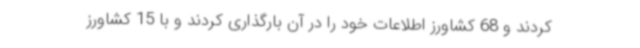
کردند و 68 کشاورز اطلاعات خود را در آن بارگذاری کردند و با 15 کشاورز